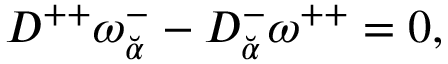
{ \cal D } ^ { + + } \omega _ { \breve { \alpha } } ^ { - } - { \cal D } _ { \breve { \alpha } } ^ { - } \omega ^ { + + } = 0 ,